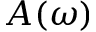
A ( \omega )